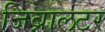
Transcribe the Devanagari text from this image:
जिब्रालटर